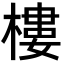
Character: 樓